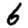
Digit: 6